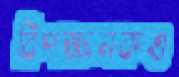
বিপজ্জনকও